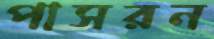
পাসরন